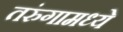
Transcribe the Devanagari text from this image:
तरुंगामध्ये